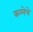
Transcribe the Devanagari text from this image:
कम्पेचे